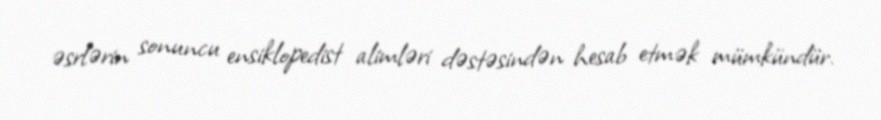
əsrlərin sonuncu ensiklopedist alimləri dəstəsindən hesab etmək mümkündür.